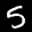
Label: 5